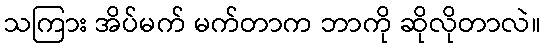
သကြား အိပ်မက် မက်တာက ဘာကို ဆိုလိုတာလဲ။